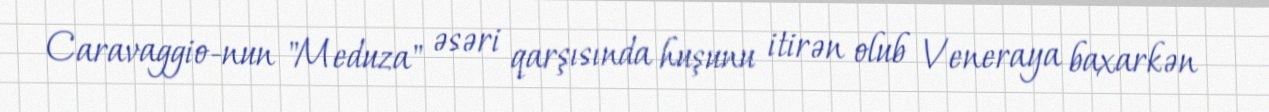
Caravaggio-nun "Meduza" əsəri qarşısında huşunu itirən olub Veneraya baxarkən